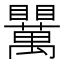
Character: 𥍈